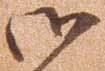
御